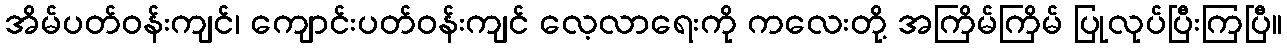
အိမ်ပတ်ဝန်းကျင်၊ ကျောင်းပတ်ဝန်းကျင် လေ့လာရေးကို ကလေးတို့ အကြိမ်ကြိမ် ပြုလုပ်ပြီးကြပြီ။